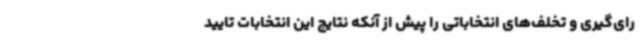
رای‌گیری و تخلف‌های انتخاباتی را پیش از آنکه نتایج این انتخابات تایید